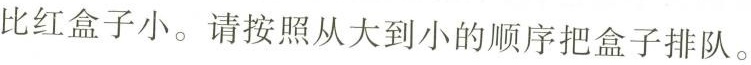
比红盒子小。请按照从大到小的顺序把盒子排队。